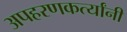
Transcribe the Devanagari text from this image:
अपहरणकर्त्यांनी